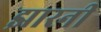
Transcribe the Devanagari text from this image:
झारनी